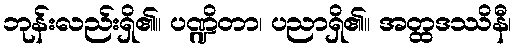
ဘုန်းလည်းရှိ၏။ ပဏ္ဍိတာ၊ ပညာရှိ၏။ အတ္ထဒဿိနီ၊